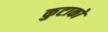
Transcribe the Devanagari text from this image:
कुटाको